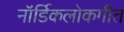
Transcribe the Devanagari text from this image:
नॉर्डिकलोकगीत